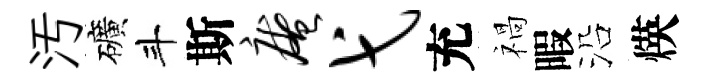
汚礦斗斯庵弋充禍暇沿煐